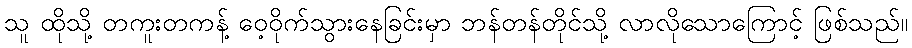
သူ ထိုသို့ တကူးတကန့် ဝေ့ဝိုက်သွားနေခြင်းမှာ ဘန်တန်တိုင်သို့ လာလိုသောကြောင့် ဖြစ်သည်။